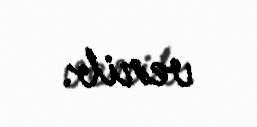
verib.